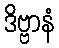
ဒိဗ္ဗာနံ